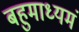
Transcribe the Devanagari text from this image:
बहुमाध्‍यमं